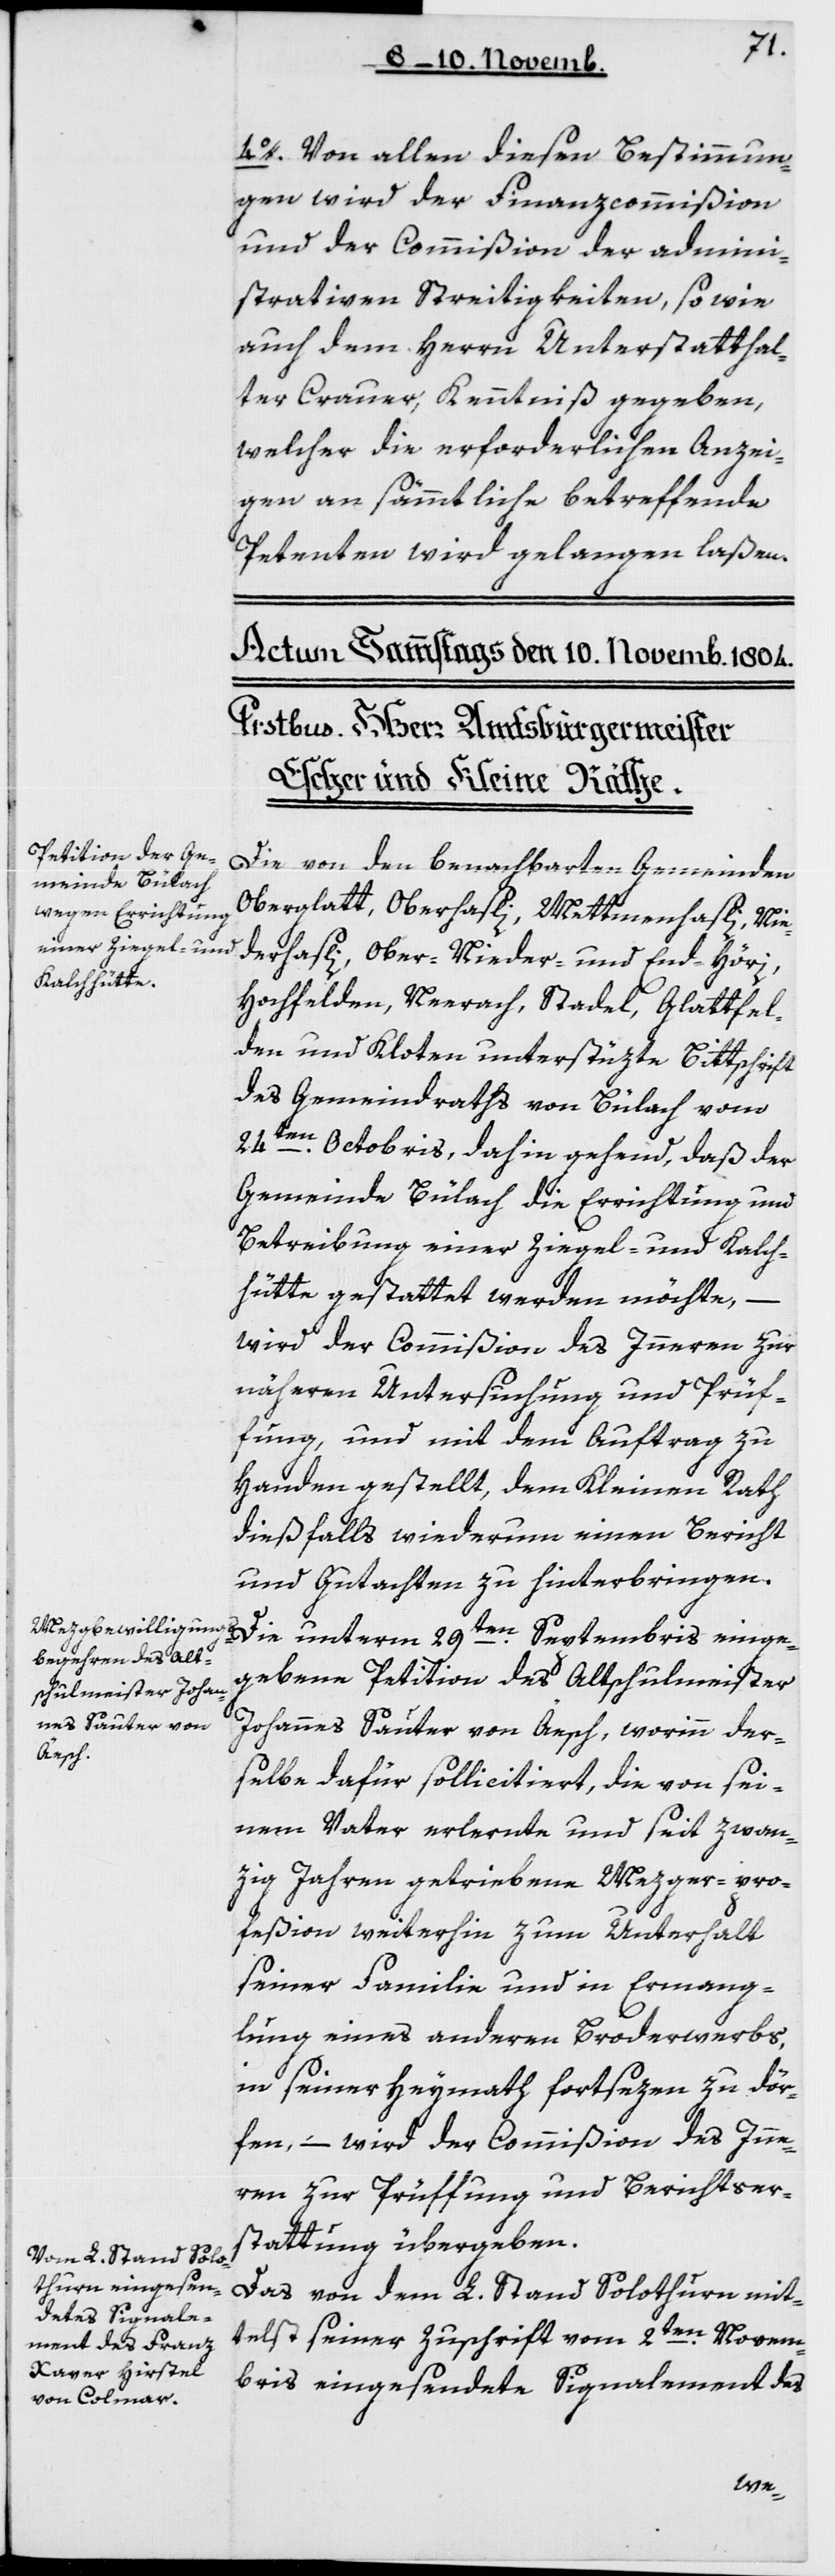
4. Von allen diesen Bestimmun¬
gen wird der Finanzcommißion
und der Commißion der admini¬
strativen Streitigkeiten sowie
auch dem Herrn Unterstatthal¬
ter Crauer, Kenntniß gegeben;
welcher die erforderlichen Anzei¬
gen an sämmtliche betreffende
Petenten wird gelangen laßen.
Die von den benachbarten Gemeinden
Oberglatt, Oberhasli, Mettmenhasli, Nie¬
derhasli, Ober-, Nieder- und End-Höri,
Hochfelden, Neerach, Stadel, Glattfel¬
den und Kloten unterstützte Bittschrift
des Gemeindraths von Bülach vom
24ten Octobris, dahin gehend, daß der
Gemeinde Bülach die Errichtung und
Betreibung einer Ziegel- und Kalch¬
hütte gestattet werden möchte, –
wird der Commißion des Innern zur
näheren Untersuchung und Prüf¬
ung, und mit dem Auftrag zu
Handen gestellt, dem Kleinen Rath
dießfalls wiederum einen Bericht
und Gutachten zu hinterbringen.
Die unterm 29ten Septembris einge¬
gebene Petition des Altschulmeister
Johannes Sauter von Aesch, worinn der¬
selbe dafür sollicitiert, die von sei¬
nem Vater erlernte und seit zwan¬
zig Jahren getriebene Mezger-pro¬
feßion weiterhin zum Unterhalt
seiner Familie und in Ermang¬
lung eines anderen Broderwerbs,
in seiner Heymath fortsezen zu dör¬
fen, – wird der Commißion des Inne¬
ren zur Prüffung und Berichtser¬
stattung übergeben.
Das von dem L. Stand Solothurn mit¬
telst seiner Zuschrift vom 2ten Novem¬
bris eingesendete Signalement des